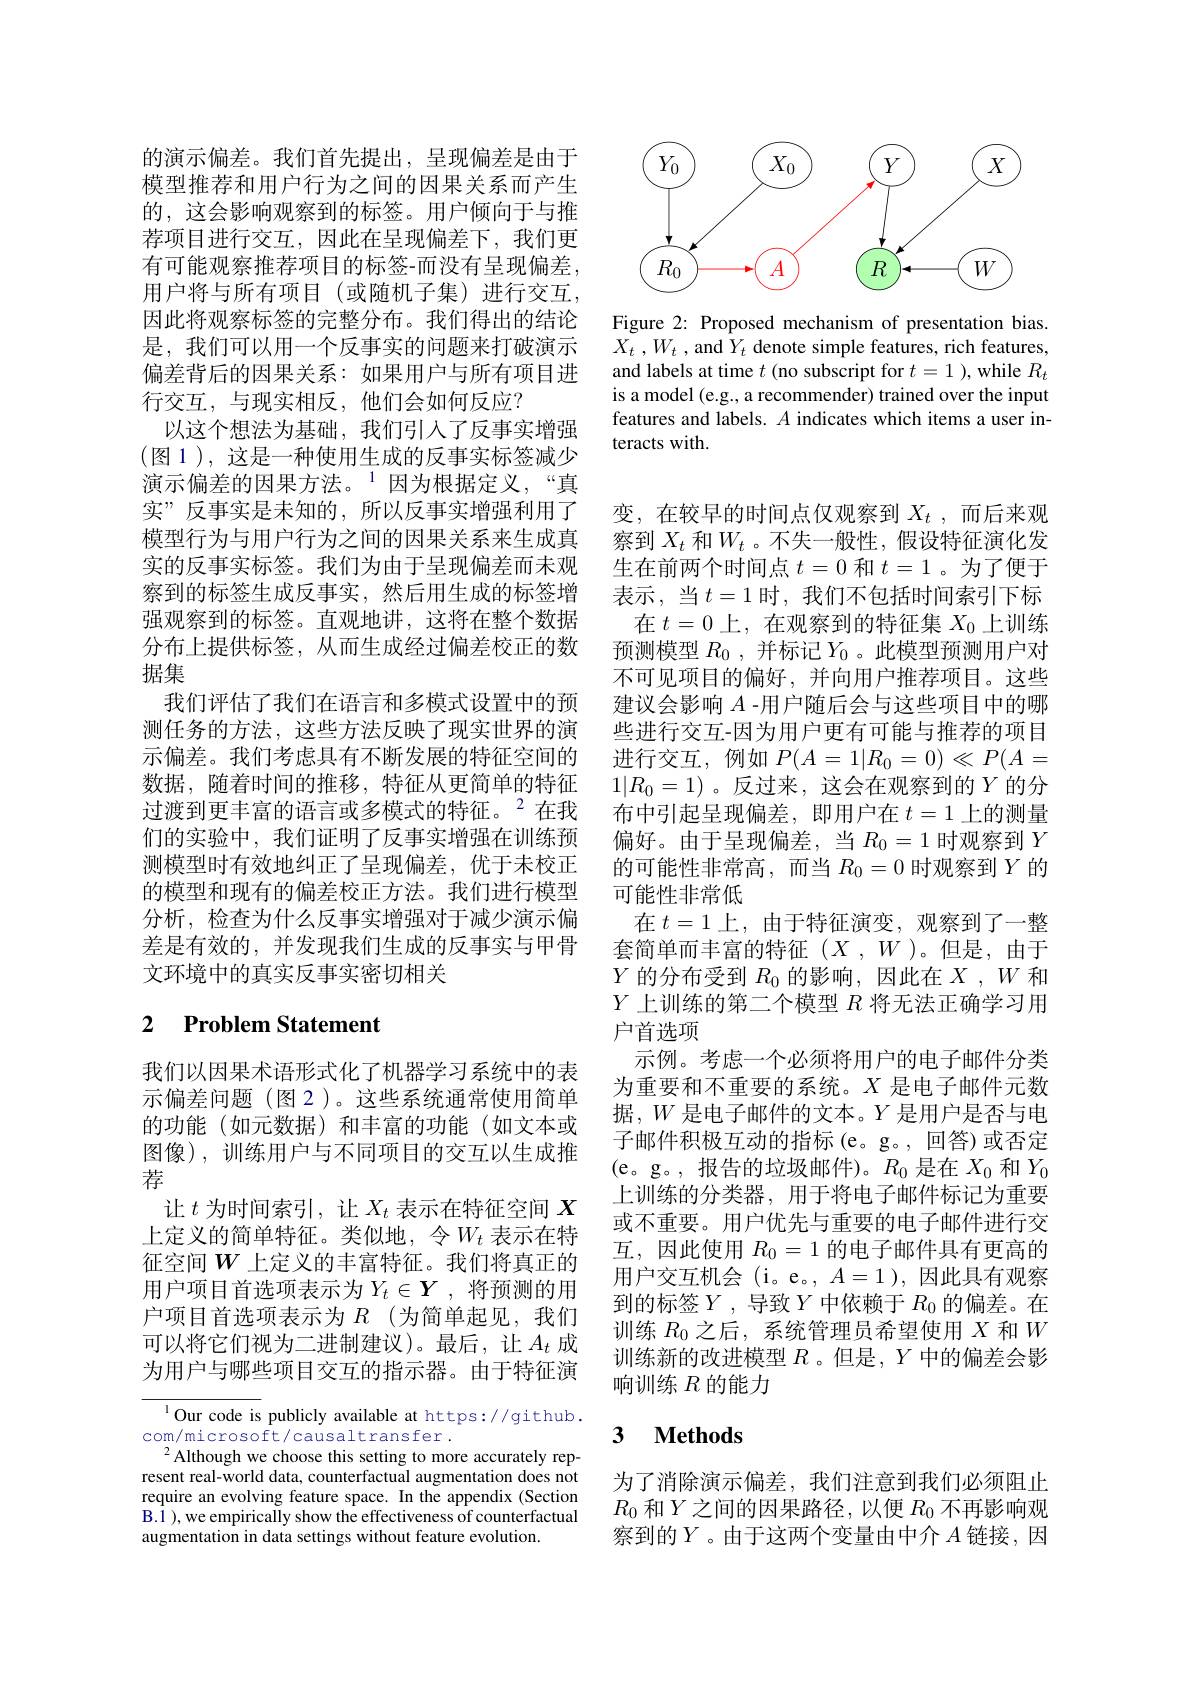
的演示偏差。我们首先提出，呈现偏差是由于模型推荐和用户行为之间的因果关系而产生的，这会影响观察到的标签。用户倾向于与推荐项目进行交互，因此在呈现偏差下，我们更有可能观察推荐项目的标签-而没有呈现偏差， 用户将与所有项目(或随机子集)进行交互， 因此将观察标签的完整分布。我们得出的结论是，我们可以用一个反事实的问题来打破演示偏差背后的因果关系：如果用户与所有项目进行交互，与现实相反，他们会如何反应？
以这个想法为基础，我们引入了反事实增强(图 1),这是一种使用生成的反事实标签减少演示偏差的因果方法。$^{1}$因为根据定义，“真实”反事实是未知的，所以反事实增强利用了模型行为与用户行为之间的因果关系来生成真实的反事实标签。我们为由于呈现偏差而未观察到的标签生成反事实，然后用生成的标签增强观察到的标签。直观地讲，这将在整个数据分布上提供标签，从而生成经过偏差校正的数据集
我们评估了我们在语言和多模式设置中的预测任务的方法，这些方法反映了现实世界的演示偏差。我们考虑具有不断发展的特征空间的数据，随着时间的推移，特征从更简单的特征过渡到更丰富的语言或多模式的特征。$^{2}$在我们的实验中，我们证明了反事实增强在训练预测模型时有效地纠正了呈现偏差，优于未校正的模型和现有的偏差校正方法。我们进行模型分析，检查为什么反事实增强对于减少演示偏差是有效的，并发现我们生成的反事实与甲骨文环境中的真实反事实密切相关

# 2 Problem Statement

我们以因果术语形式化了机器学习系统中的表示偏差问题(图2)。这些系统通常使用简单的功能(如元数据)和丰富的功能(如文本或图像),训练用户与不同项目的交互以生成推荐
让$t$为时间索引，让$X_t$表示在特征空间$X$ 上定义的简单特征。类似地，令$W_t$ 表示在特征空间$W$ 上定义的丰富特征。我们将真正的用户项目首选项表示为$Y_t\in Y$,将预测的用户项目首选项表示为$R$ (为简单起见，我们可以将它们视为二进制建议)。最后，让$A_t$ 成为用户与哪些项目交互的指示器。由于特征演

l Our code is publicly available at https://github.
com/microsoft/causaltransfer.
$^{2}$Although we choose this setting to more accurately represent real-world data, counterfactual augmentation does not require an evolving feature space. In the appendix (Section B.1 ), we empirically show the effectiveness of counterfactual augmentation in data settings without feature evolution.

<FigureHere>

Figure 2: Proposed mechanism of presentation bias. $X_{t}$ $, W_{t}$ ,and $Y_t$ denote simple features, rich features, and labels at time $t$ (no subscript for $t=1$ ), while $R_t$ is a model (e.g., a recommender) trained over the input features and labels. $A$ indicates which items a user interacts with.

变，在较早的时间点仅观察到$X_t$,而后来观察到 $X_t$ 和$W_t$ 。不失一般性，假设特征演化发生在前两个时间点$t=0$和$t=1$ 。为了便于表示，当$t=1$时，我们不包括时间索引下标
在$t=0$上，在观察到的特征集$X_0$上训练预测模型$R_0$,并标记$Y_0$ 。此模型预测用户对不可见项目的偏好，并向用户推荐项目。这些建议会影响$A$ -用户随后会与这些项目中的哪些进行交互-因为用户更有可能与推荐的项目进行交互，例如$P(A=1|R_0=0)\ll P(A=$ $1|R_0=1)$。反过来，这会在观察到的$Y$的分布中引起呈现偏差，即用户在$t=1$上的测量偏好。由于呈现偏差，当$R_0=1$时观察到$Y$ 的可能性非常高，而当$R_0=0$时观察到$Y$的可能性非常低
在$t=1$上，由于特征演变，观察到了一整套简单而丰富的特征($X,W$)。但是，由于$Y$的分布受到$R_0$的影响，因此在$X,W$和$Y$上训练的第二个模型$R$将无法正确学习用户首选项
示例。考虑一个必须将用户的电子邮件分类为重要和不重要的系统。$X$是电子邮件元数据，$W$是电子邮件的文本。$Y$是用户是否与电子邮件积极互动的指标(e。g。,回答)或否定(e。g。,报告的垃圾邮件)。$R_0$是在$X_0$和$Y_0$ 上训练的分类器，用于将电子邮件标记为重要或不重要。用户优先与重要的电子邮件进行交互，因此使用$R_0=1$的电子邮件具有更高的用户交互机会(i。e。, $A=1$ ),因此具有观察到的标签$Y$,导致$Y$中依赖于$R_0$的偏差。在训练$R_0$之后，系统管理员希望使用$X$和$W$ 训练新的改进模型$R$ 。但是$,Y$中的偏差会影响训练$R$的能力

## $\textbf{3}$ $\textbf{Methods}$

为了消除演示偏差，我们注意到我们必须阻止$R_0$ 和$Y$之间的因果路径，以便 $R_0$ 不再影响观察到的$Y$。由于这两个变量由中介$A$链接，因